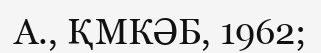
А., ҚМКӘБ, 1962;